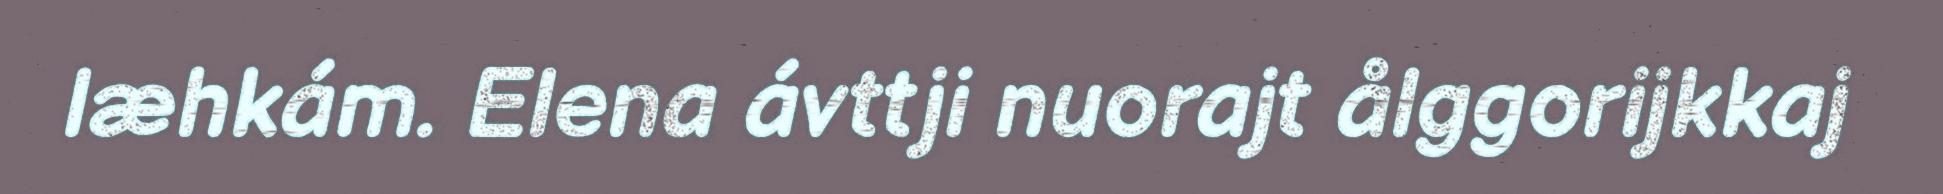
læhkám. Elena ávttji nuorajt ålggorijkkaj